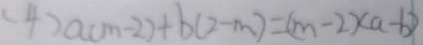
( 4 ) a ( m - 2 ) + b ( 2 - m ) = ( m - 2 ) ( a - b )